Vaccination in Burma 1920-1933 - 1920-1933
Year: 1920
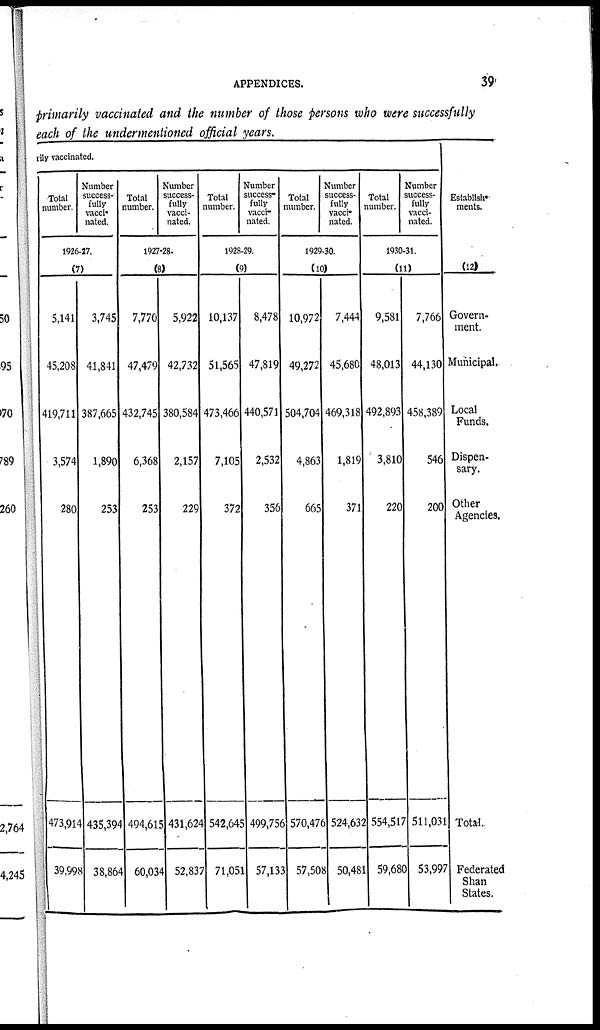
APPENDICES.
39
primarily vaccinated and the number of those persons who were successfully
each of the undermentioned official years.
rily vaccinated.
Total
number.
Number
success-
fully
vacci-
nated.
1926-27.
(7)
5,141
45,208
419,711
3,574
280
473,914
39,998
3,745
41,841
387,665
1,890
253
435,394
38,864
Total
number.
Number
success-
fully
vacci-
nated.
1927-28.
(8)
7,770
47,479
432,745
6,368
253
494,615
60,034
5,922
42,732
380,584
2,157
229
431,624
52,837
Total
number.
Number
success-
fully
vacci-
nated.
1928-29.
(9)
10,137
51,565
473,466
7,105
372
542,645
71,051
8,478
47,819
440,571
2,532
356
499,756
57,133
Total
number.
Number
success-
fully
vacci-
nated.
1929-30.
(10)
10,972
49,272
504,704
4,863
665
570,476
57,508
7,444
45,680
469,318
1,819
371
524,632
50,481
Total
number.
Number
success-
fully
vacci-
nated.
1930-31.
(11)
9,581
48,013
492,893
3,810
220
554,517
59,68C
7,766
44,130
458,389
546
200
511,031
53,997
Establish-
ments.
(12)
Govern-
ment.
Municipal.
Local
Funds.
Dispen-
sary.
Other
Agencies.
Total.
Federated
Shan
States.